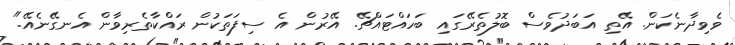
ވެވިދާނެކަން. އޭތި އަބަދުވެސް ބޮލުތެރޭގައި ބަހައްޓައްޗޭ. އޭރުން އެ ސިފަތަކުން ރައްކާތެރިވާން އެނގޭނެއޭ."